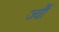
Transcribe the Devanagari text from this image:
ज्‍यौं